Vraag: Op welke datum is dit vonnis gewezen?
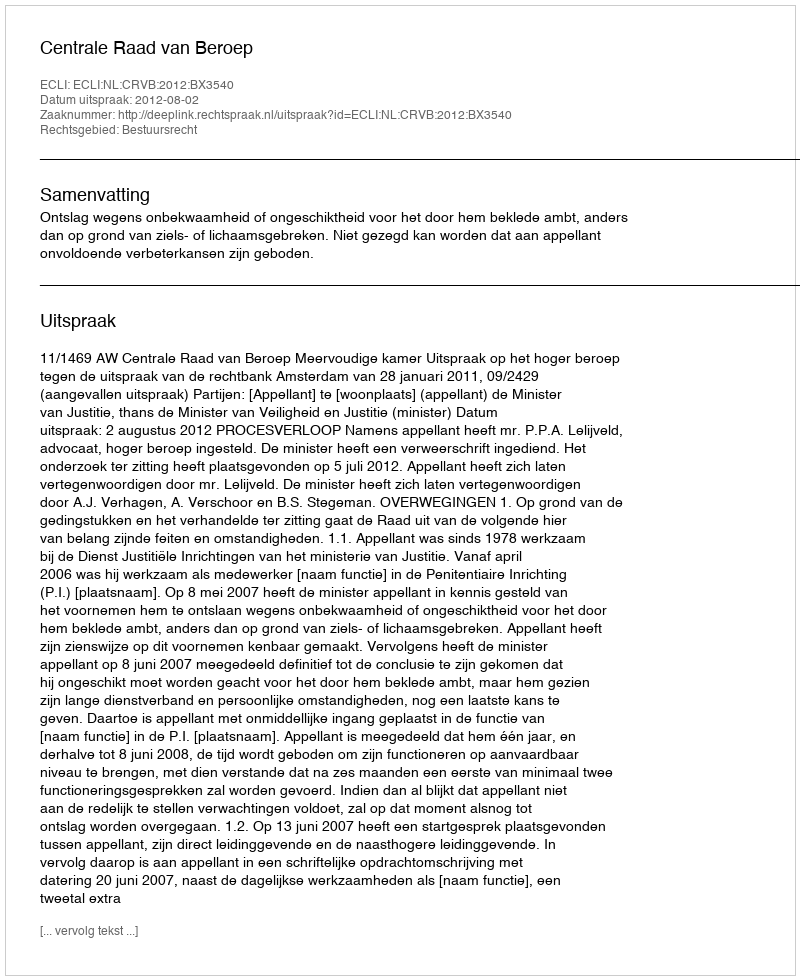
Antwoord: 2012-08-02